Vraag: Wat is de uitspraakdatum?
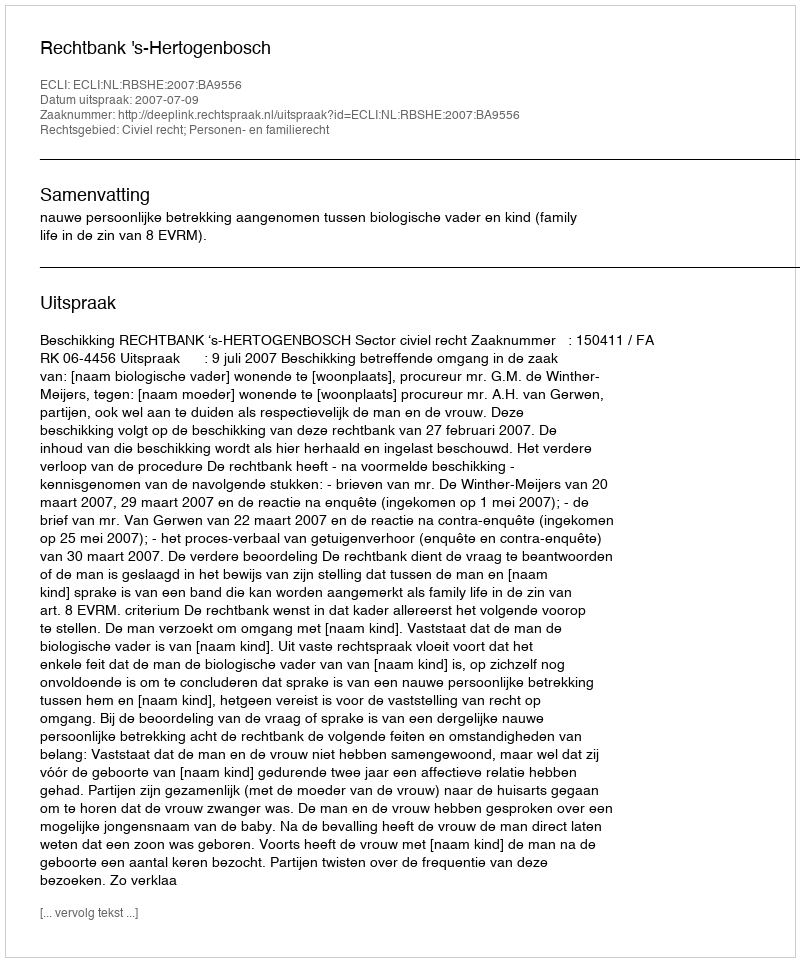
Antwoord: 2007-07-09